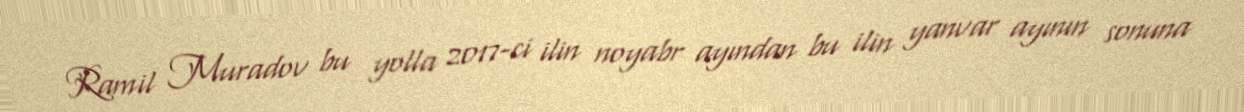
Ramil Muradov bu yolla 2017-ci ilin noyabr ayından bu ilin yanvar ayının sonuna